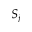
S _ { j }